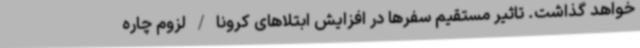
خواهد گذاشت. تاثیر مستقیم سفرها در افزایش ابتلاهای کرونا / لزوم چاره